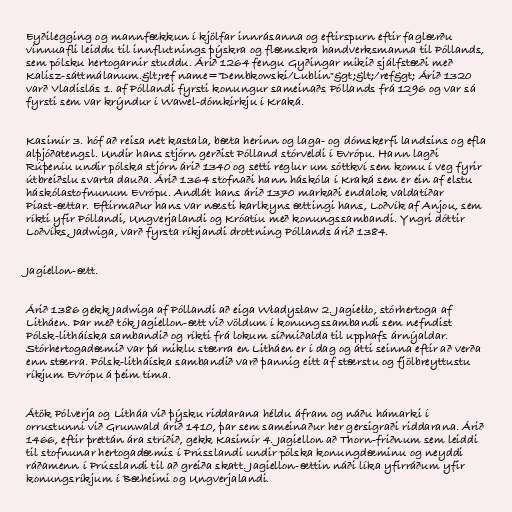
Eyðilegging og mannfækkun í kjölfar innrásanna og eftirspurn eftir faglærðu
vinnuafli leiddu til innflutnings þýskra og flæmskra handverksmanna til Póllands,
sem pólsku hertogarnir studdu. Árið 1264 fengu Gyðingar mikið sjálfstæði með
Kalisz-sáttmálanum.&lt;ref name="Dembkowski/Lublin"&gt;&lt;/ref&gt; Árið 1320
varð Vladislás 1. af Póllandi fyrsti konungur sameinaðs Póllands frá 1296 og var sá
fyrsti sem var krýndur í Wawel-dómkirkju í Kraká.

Kasimír 3. hóf að reisa net kastala, bæta herinn og laga- og dómskerfi landsins og efla
alþjóðatengsl. Undir hans stjórn gerðist Pólland stórveldi í Evrópu. Hann lagði
Rúþeníu undir pólska stjórn árið 1340 og setti reglur um sóttkví sem komu í veg fyrir
útbreiðslu svarta dauða. Árið 1364 stofnaði hann háskóla í Kraká sem er ein af elstu
háskólastofnunum Evrópu. Andlát hans árið 1370 markaði endalok valdatíðar
Piast-ættar. Eftirmaður hans var næsti karlkyns ættingi hans, Loðvík af Anjou, sem
ríkti yfir Póllandi, Ungverjalandi og Króatíu með konungssambandi. Yngri dóttir
Loðvíks, Jadwiga, varð fyrsta ríkjandi drottning Póllands árið 1384.

Jagiellon-ætt.

Árið 1386 gekk Jadwiga af Póllandi að eiga Władysław 2. Jagiełło, stórhertoga af
Litháen. Þar með tók Jagiellon-ætt við völdum í konungssambandi sem nefndist
Pólsk-litháíska sambandið og ríkti frá lokum síðmiðalda til upphafs árnýaldar.
Stórhertogadæmið var þá miklu stærra en Litháen er í dag og átti seinna eftir að verða
enn stærra. Pólsk-litháíska sambandið varð þannig eitt af stærstu og fjölbreyttustu
ríkjum Evrópu á þeim tíma.

Átök Pólverja og Litháa við þýsku riddarana héldu áfram og náðu hámarki í
orrustunni við Grunwald árið 1410, þar sem sameinaður her gersigraði riddarana. Árið
1466, eftir þrettán ára stríðið, gekk Kasimír 4. Jagiellon að Thorn-friðnum sem leiddi
til stofnunar hertogadæmis í Prússlandi undir pólska konungdæminu og neyddi
ráðamenn í Prússlandi til að greiða skatt. Jagiellon-ættin náði líka yfirráðum yfir
konungsríkjum í Bæheimi og Ungverjalandi.